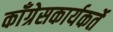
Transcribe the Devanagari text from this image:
काँग्रेसकार्यकर्ते